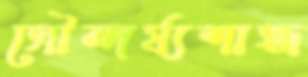
সৌন্দর্য্যশাস্ত্র